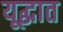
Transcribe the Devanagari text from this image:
यूद्धात